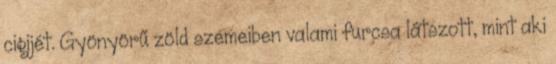
cigijét. Gyönyörű zöld szemeiben valami furcsa látszott, mint aki